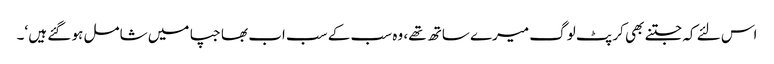
اس لئے کہ جتنے بھی کرپٹ لوگ میرے ساتھ تھے، وہ سب کے سب اب بھاجپا میں شامل ہو گئے ہیں ‘۔